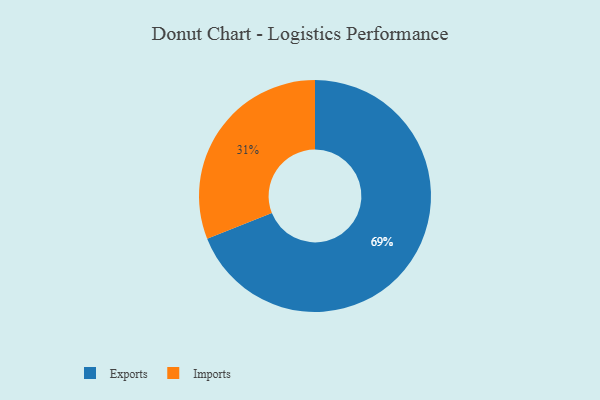
{"axis": {"x": "Category", "y": "Percentage"}, "legend": ["Exports", "Imports"], "data": [{"x": "Exports", "y": 69, "type": "Exports"}, {"x": "Imports", "y": 31, "type": "Imports"}]}